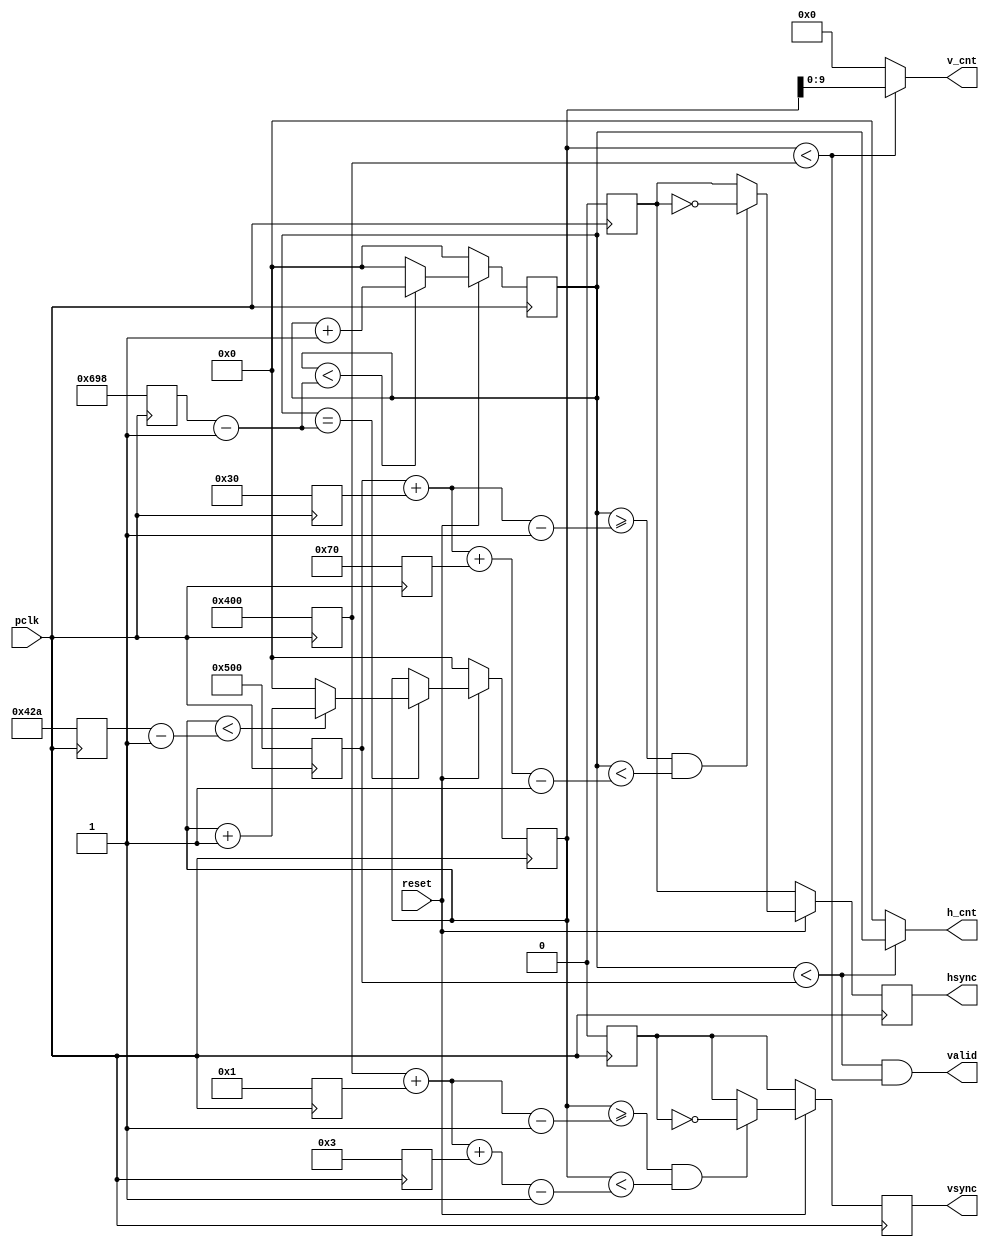
`timescale 1ns / 1ps
// Input/Output Ports:
// Input:
// pclk - varies depending on the TYPE
// reset - high-level logic

// Output:
// hsync - Horizontal sync timing signal
// vsync - Vertical sync timing signal
// valid - viewable (or active) video 
// h_cnt[10:0] -  current horizontal position of a pixel
// v_cnt[10:0] -  current vertical position of a pixel

module VGA #(
    parameter [1:0] TYPE = 0
 )
 (
    input wire pclk,reset,
    output wire hsync,vsync,valid,
    output wire [10:0]h_cnt,
    output wire [9:0]v_cnt
    );
    
    reg [10:0]pixel_cnt;
    reg [10:0]line_cnt;
    reg hsync_i, vsync_i, hsync_default, vsync_default;
    integer HD, HF, HA, HB, HT, VD, VF, VA, VB, VT;
    
    always @(posedge pclk)
    case(TYPE)
        2'b00: begin    //VESA 1280x1024@60 Hz (pixel clock 108.0 MHz)
            HD <= 1280;    //horizontal display width
            HF <= 48;      //horizontal front porch
            HA <= 112;     //horizontal active
            HB <= 248;     //horizontal back porch
            HT <= 1688;    //horizontal total
            VD <= 1024;    //vertical display width
            VF <= 1;       //vertical front porch
            VA <= 3;       //vertical active
            VB <= 38;      //vertical back porch
            VT <= 1066;    //vertical total
            hsync_default <= 1'b0;
            vsync_default <= 1'b0;
        end
        default: begin
            HD <= 640;
            HF <= 16;
            HA <= 96;
            HB <= 48;
            HT <= 800;
            VD <= 480;
            VF <= 10;
            VA <= 2;
            VB <= 33;
            VT <= 525;      
            hsync_default <= 1'b1;
            vsync_default <= 1'b1;       
        end
    endcase

    // horizontal counter
    always@(posedge pclk)
        if(!reset)
            pixel_cnt <= 0;
        else if(pixel_cnt < (HT - 1))
            pixel_cnt <= pixel_cnt + 1;
        else
            pixel_cnt <= 0;

    // horizontal sync
    always@(posedge pclk)
        if(!reset)
            hsync_i <= hsync_default;
        else if((pixel_cnt >= (HD + HF - 1))&&(pixel_cnt < (HD + HF + HA - 1)))
            hsync_i <= ~hsync_default;
        else
            hsync_i <= hsync_default; 
    
    // vertical counter
    always@(posedge pclk)
        if(!reset)
            line_cnt <= 0;
        else if(pixel_cnt == (HT -1))
            if(line_cnt < (VT - 1))
                line_cnt <= line_cnt + 1;
            else
                line_cnt <= 0;

    // vertical sync
    always@(posedge pclk)
        if(!reset)
            vsync_i <= vsync_default; 
        else if((line_cnt >= (VD + VF - 1))&&(line_cnt < (VD + VF + VA - 1)))
            vsync_i <= ~vsync_default; 
        else
            vsync_i <= vsync_default; 
                    
    assign hsync = hsync_i;
    assign vsync = vsync_i;
    assign valid = ((pixel_cnt < HD) && (line_cnt < VD));
    
    assign h_cnt = (pixel_cnt < HD) ? pixel_cnt:11'd0;
    assign v_cnt = (line_cnt < VD) ? line_cnt[9:0]:10'd0;
           
endmodule